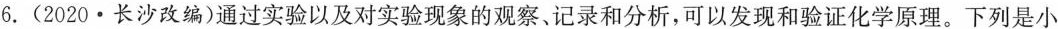
6.(2020·长沙改编)通过实验以及对实验现象的观察、记录和分析，可以发现和验证化学原理。下列是小